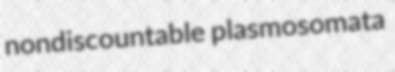
nondiscountable plasmosomata